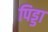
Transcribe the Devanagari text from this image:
पिड्डा